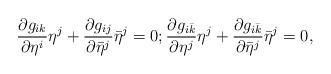
LaTeX: \begin{align*} \dfrac{\partial g_{ik}}{\partial \eta^i}\eta^j + \dfrac{\partial g_{ij}}{\partial \bar{\eta}^j}\bar{\eta}^j = 0; \dfrac{\partial g_{i\bar{k}}}{\partial \eta^j}\eta^j + \dfrac{\partial g_{i\bar{k}}}{\partial \bar{\eta}^j}\bar{\eta}^j = 0,\end{align*}